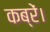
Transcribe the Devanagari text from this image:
कब्रें।